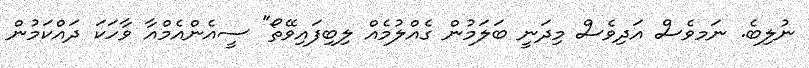
ނުލިބެ. ނަމވެސް އަދިވެސް މިދަނީ ބަލަމުން ގެއްލުމެއް ލިބިފައިވޭތޯ" ސީއެންއެމްއާ ވާހަކަ ދައްކަމުން